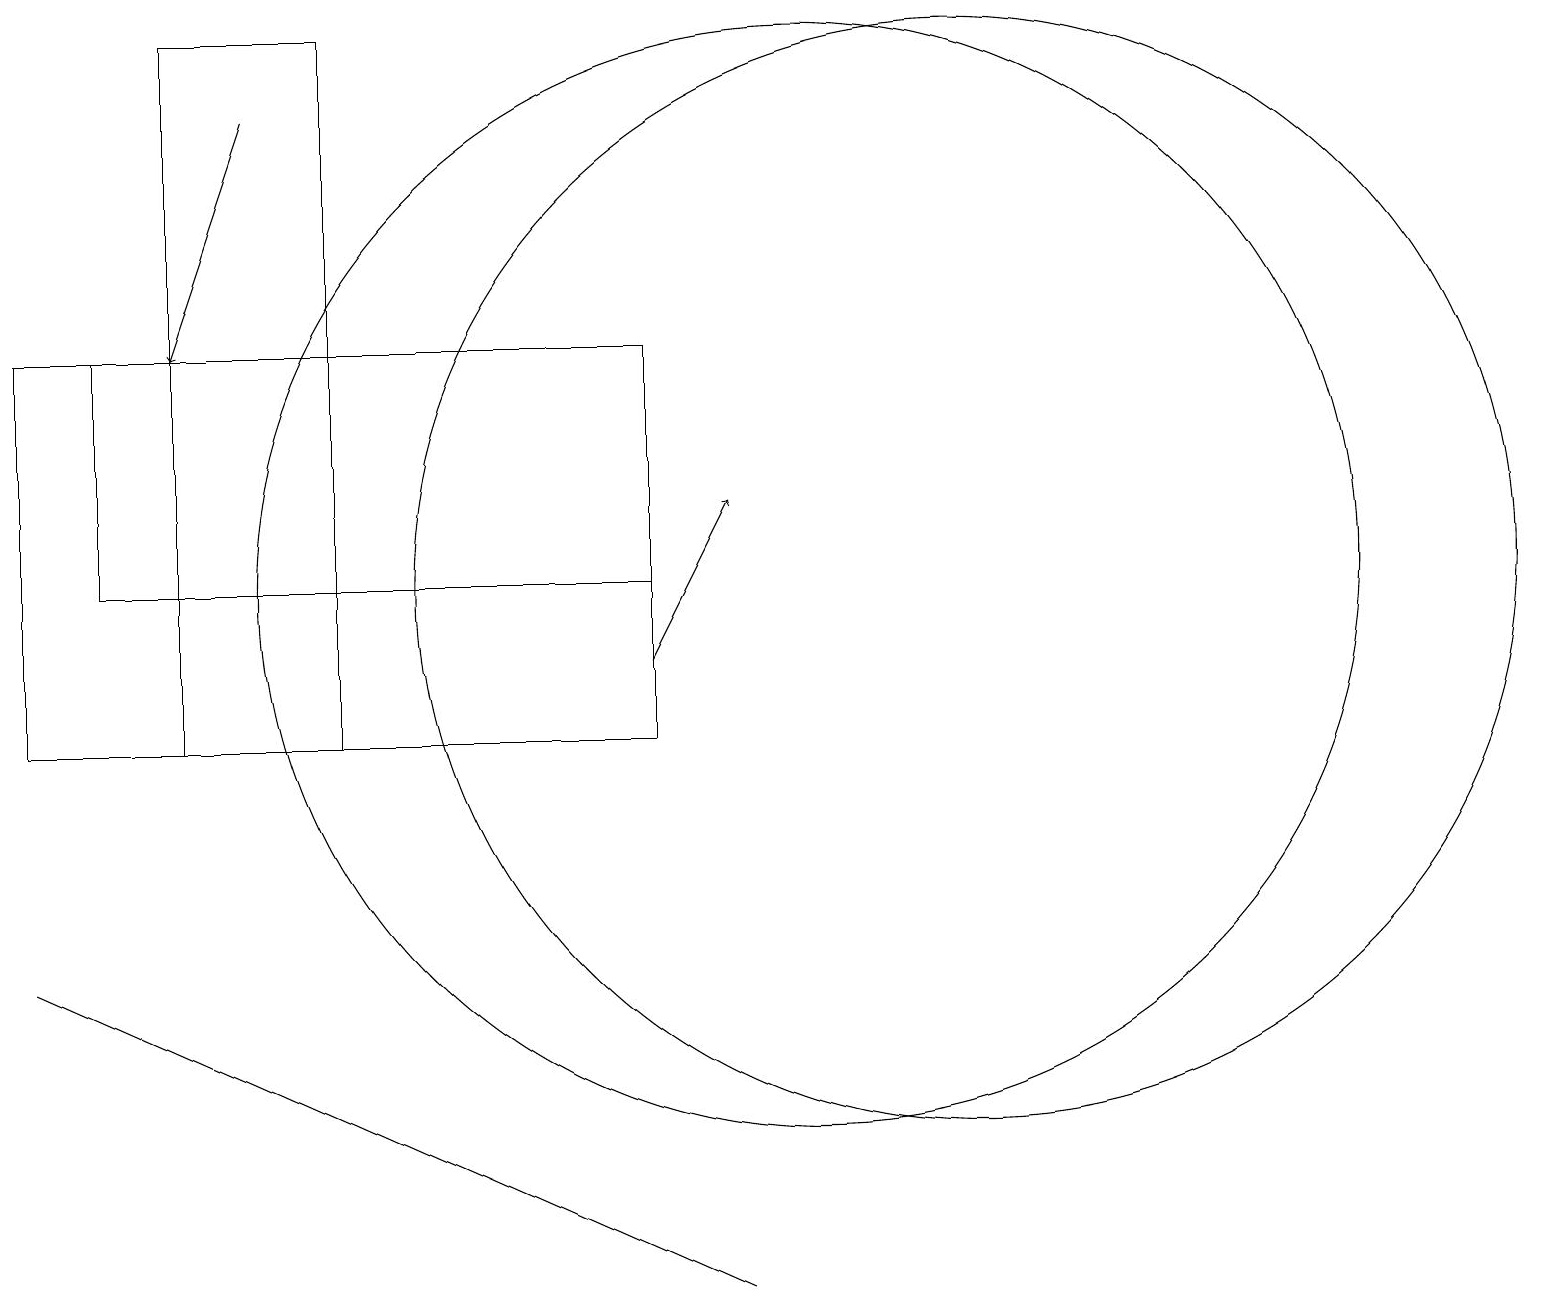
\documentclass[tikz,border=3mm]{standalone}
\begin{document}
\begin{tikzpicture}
\draw (12,12) circle (7);
\draw[->] (8,11) -- (9,13);
\draw (8,10) rectangle (0,15);
\draw (8,15) rectangle (1,12);
\draw (4,10) rectangle (2,19);
\draw[->] (3,18) -- (2,15);
\draw (0,7) -- (9,3) -- (9,3) -- cycle;
\draw (10,12) circle (7);
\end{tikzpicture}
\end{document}